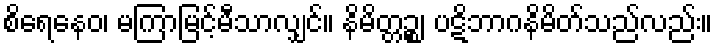
စိရေနေဝ၊ မကြာမြင့်မီသာလျှင်။ နိမိတ္တဉ္စ၊ ပဋိဘာဂနိမိတ်သည်လည်း။